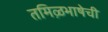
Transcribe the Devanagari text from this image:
तमिऴभाषेची